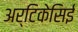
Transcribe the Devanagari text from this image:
अर्टिकेसिई